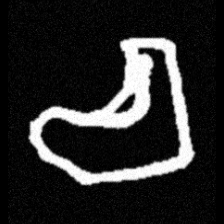
Pyu character \u2014 Myanmar letter: စ (romanized: ca)